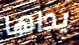
يداها